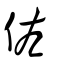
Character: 佐